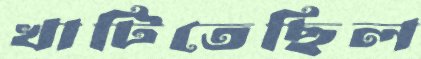
খাটিতেছিল